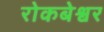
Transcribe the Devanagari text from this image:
रोकबेश्वर